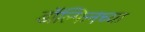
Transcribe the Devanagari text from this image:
डॉल्फिनच्या